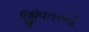
જીવતરની